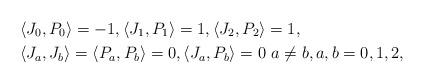
LaTeX: \begin{align*}& \langle J_0, P_0\rangle=-1 ,\langle J_1, P_1\rangle=1 ,\langle J_2, P_2\rangle=1 , \\&\langle J_a, J_b\rangle=\langle P_a, P_b\rangle=0, \langle J_a, P_b\rangle=0 \ a\neq b,a,b=0,1,2 , \end{align*}